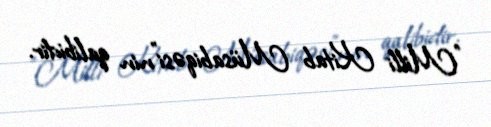
"Milli Kitab Müsabiqəsi"nin qalibidir.